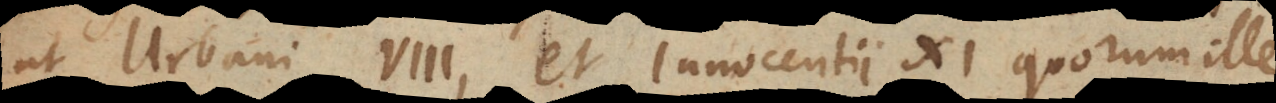
ut Urbani VIII, et Innocentii XI quorum ille